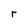
Character: r